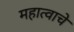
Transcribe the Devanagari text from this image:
महात्वाचे